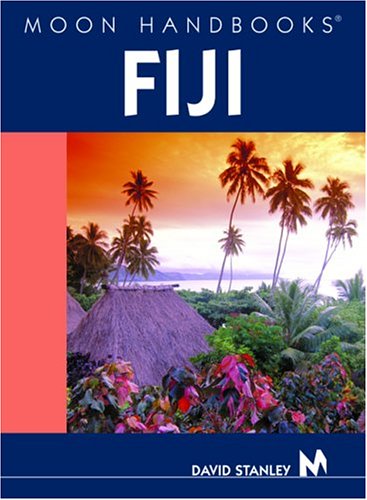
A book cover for Moon Handbooks Fiji; David Stanley; Travel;